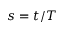
s = t / T